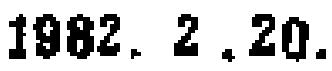
1982. 2. 20.